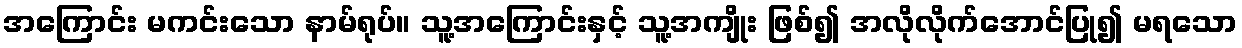
အကြောင်း မကင်းသော နာမ်ရုပ်။ သူ့အကြောင်းနှင့် သူ့အကျိုး ဖြစ်၍ အလိုလိုက်အောင်ပြု၍ မရသော